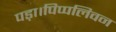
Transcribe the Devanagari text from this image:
पड़ा।पिप्पलिवन